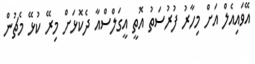
އޭވައިއެލް އަށް މިހާރު ފުރުސަތު އޮތީ އީގަލްސްއާ ދެކޮޅަށް މިރޭ ކުޅޭ މެޗުން